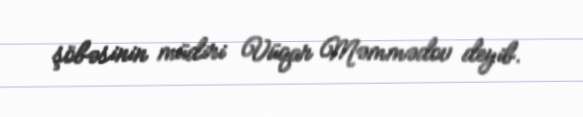
şöbəsinin müdiri Vüqar Məmmədov deyib.